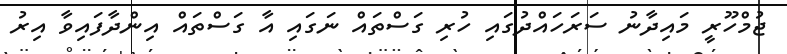
ޖުމްހޫރީ މައިދާނު ސަރަހައްދުގައި ހުރި ގަސްތައް ނަގައި އާ ގަސްތައް އިންދާފައިވާ އިރު